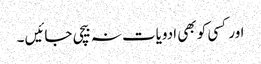
اور کسی کو بھی ادویات نہ بیچی جائیں ۔